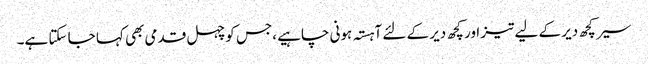
سیر کچھ دیر کے لیے تیز اور کچھ دیر کے لئے آہستہ ہونی چاہیے ،جس کو چہل قدمی بھی کہا جا سکتا ہے۔